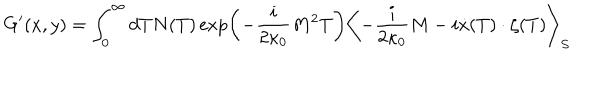
G ^ { \prime } ( x , y ) = \int _ { 0 } ^ { \infty } d T N ( T ) \exp \left( - \frac { i } { 2 \kappa _ { 0 } } M ^ { 2 } T \right) \left< - \frac { i } { 2 \kappa _ { 0 } } M - i \dot { x } ( T ) \cdot \zeta ( T ) \right> _ { S }